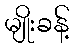
မျိုးခန့်